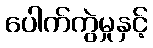
ပေါက်ကွဲမှုနှင့်